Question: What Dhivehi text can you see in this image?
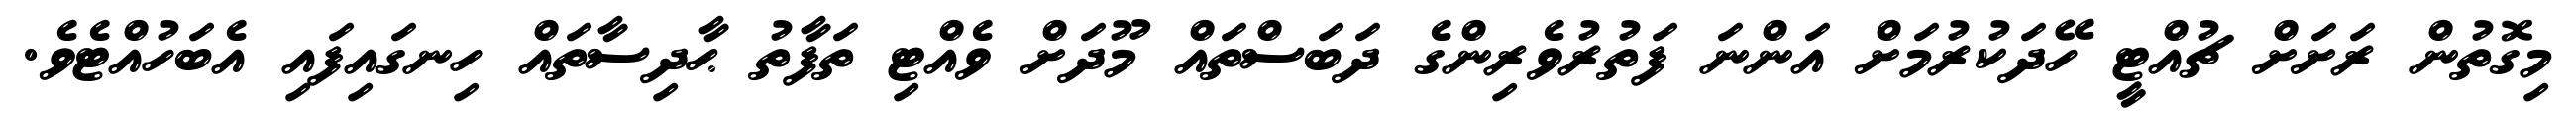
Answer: މިގޮތުން ރަށަށް ޗުއްޓީ ހޭދަކުރުމަށް އަންނަ ފަތުރުވެރިންގެ ދަބަސްތައް މޫދަށް ވެއްޓި ތަފާތު ޙާދިސާތައް ހިނގައިފައި އެބަހުއްޓެވެ.